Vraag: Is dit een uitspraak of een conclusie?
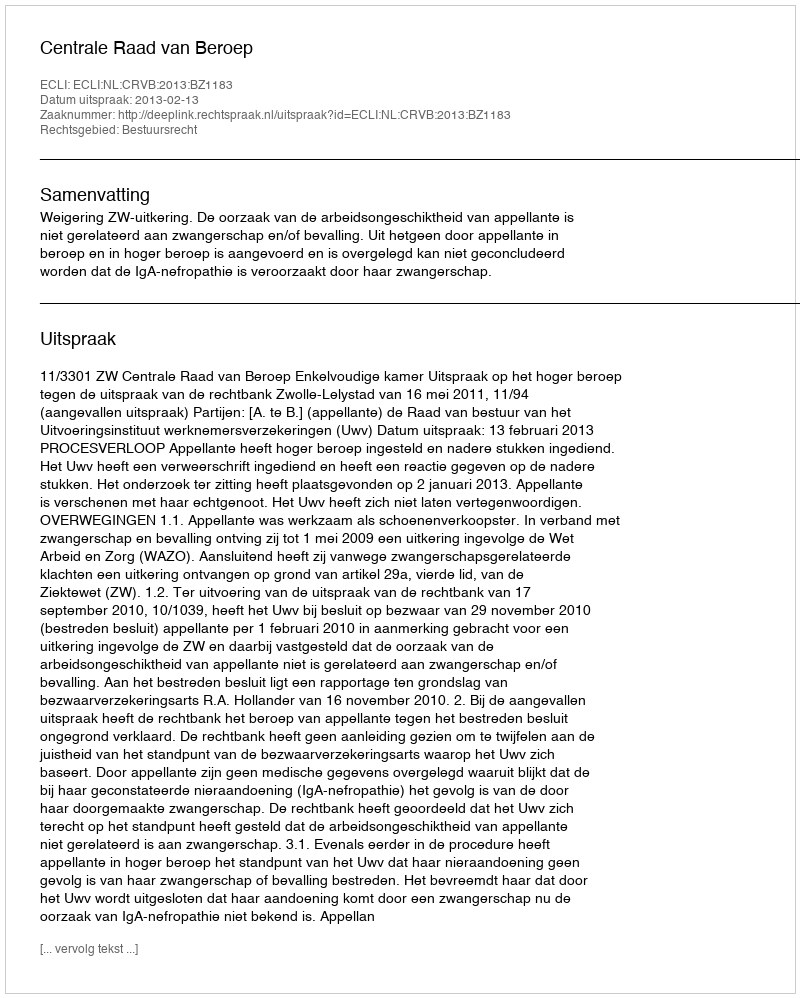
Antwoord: Uitspraak